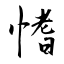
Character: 愭